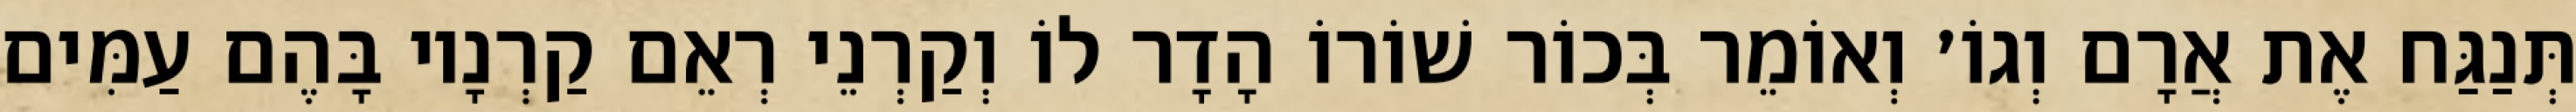
תְּנַגַּח אֶת אֲרָם וְגוֹ׳ וְאוֹמֵר בְּכוֹר שׁוֹרוֹ הָדָר לוֹ וְקַרְנֵי רְאֵם קַרְנָיו בָּהֶם עַמִּים